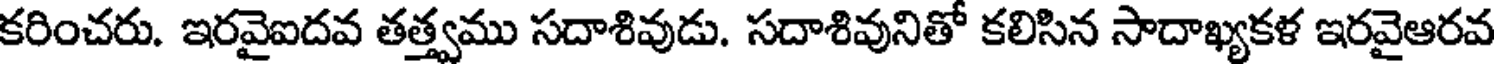
కరించరు. ఇరవైఐదవ తత్త్వము సదాశివుడు. సదాశివునితో కలిసిన సాదాఖ్యకళ ఇరవైఆరవ